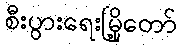
စီးပွားရေးမြို့တော်